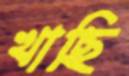
খাছি